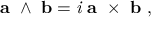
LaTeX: \mathbf { a } \ \wedge \ \mathbf { b } = { \mathit { i } } \ \mathbf { a } \ \times \ \mathbf { b } \ ,